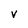
Character: V